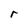
Character: r